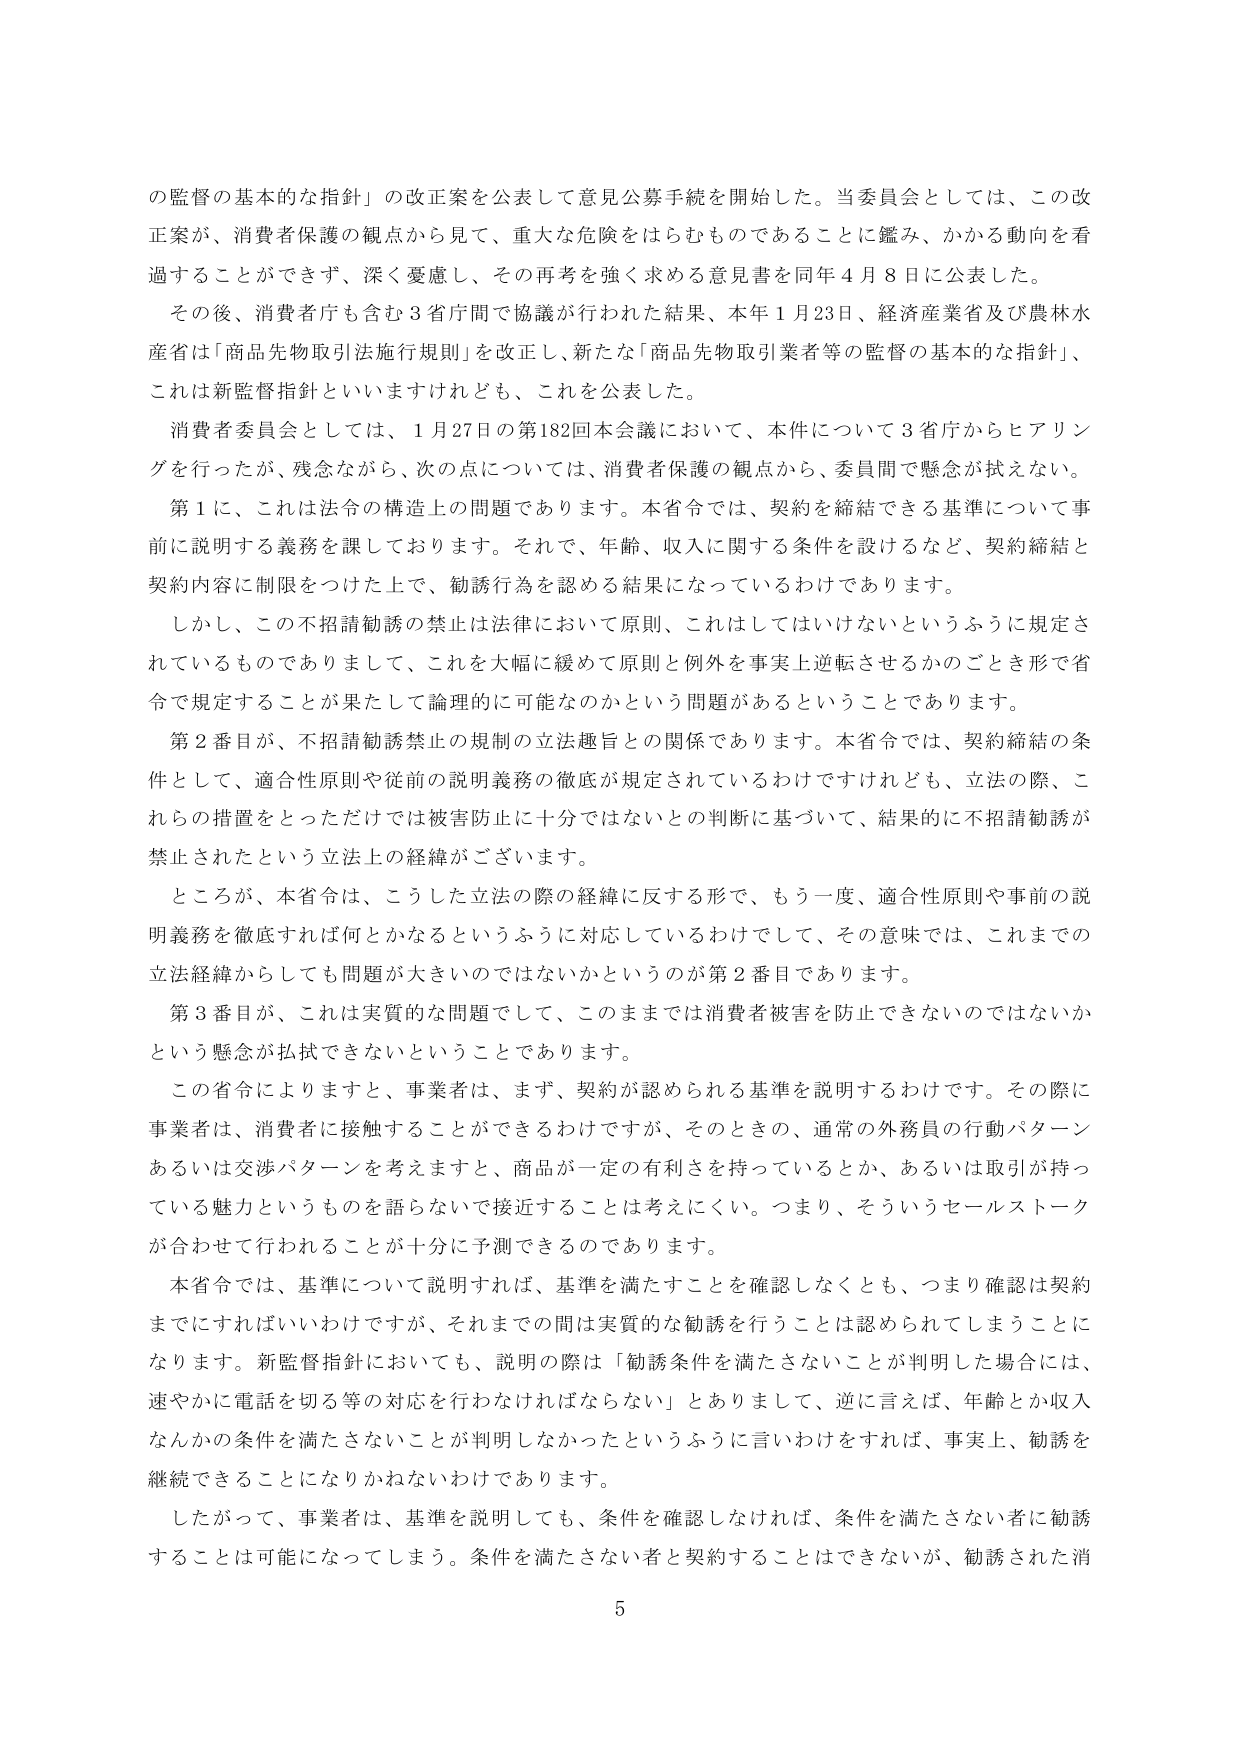
の監督の基本的な指針」の改正案を公表して意見公募手続を開始した。当委員会としては、この改正案が、消費者保護の観点から見て、重大な危険をはらむものであることに鑑み、かかる動向を看過することができず、深く憂慮し、その再考を強く求める意見書を同年４月８日に公表した。

その後、消費者庁も含む３省庁間で協議が行われた結果、本年１月23日、経済産業省及び農林水産省は「商品先物取引法施行規則」を改正し、新たな「商品先物取引業者等の監督の基本的な指針」、これは新監督指針といいますけれども、これを公表した。

消費者委員会としては、１月27日の第182回本会議において、本件について３省庁からヒアリングを行ったが、残念ながら、次の点については、消費者保護の観点から、委員間で懸念が拭えない。

第１に、これは法令の構造上の問題であります。本省令では、契約を締結できる基準について事前に説明する義務を課しております。それで、年齢、収入に関する条件を設けるなど、契約締結と契約内容に制限をつけた上で、勧誘行為を認める結果になっているわけであります。

しかし、この不招請勧誘の禁止は法律において原則、これはしてはいけないというふうに規定されているものでありまして、これを大幅に緩めて原則と例外を事実上逆転させるかのごとき形で省令で規定することが果たして論理的に可能なのかという問題があるということです。

第２番目が、不招請勧誘禁止の規制の立法趣旨との関係であります。本省令では、契約締結の条件として、適合性原則や従前の説明義務の徹底が規定されているわけですが、立法の際、これらの措置をとっただけでは被害防止に十分ではないとの判断に基づいて、結果的に不招請勧誘が禁止されたという立法上の経緯がございます。

ところが、本省令は、こうした立法の際の経緯に反する形で、もう一度、適合性原則や事前の説明義務を徹底すれば何とかなるというふうに対応しているわけでして、その意味では、これまでの立法経緯からしても問題が大きいのではないかというのが第２番目であります。

第３番目が、これは実質的な問題でして、このままでは消費者被害を防止できないのではないかという懸念が払拭できないということです。

この省令によりますと、事業者は、まず、契約が認められる基準を説明するわけです。その際に事業者は、消費者に接触することができるわけですが、そのときの、通常の外務員の行動パターンあるいは交渉パターンを考えますと、商品が一定の有利さを持っているとか、あるいは取引が持っている魅力というものを語らないで接近することは考えにくい。つまり、そういうセールストークが合わせて行われることが十分に予測できるのであります。

本省令では、基準について説明すれば、基準を満たすことを確認しなくとも、つまり確認は契約までにすればいいわけですが、それまでの間は実質的な勧誘を行うことは認められてしまうことになります。新監督指針においても、説明の際は「勧誘条件を満たさないことが判明した場合には、速やかに電話を切る等の対応を行わなければならない」とありまして、逆に言えば、年齢とか収入なんかの条件を満たさないことが判明しなかったというふうに言いわけをすれば、事実上、勧誘を継続できることになりかねないわけです。

したがって、事業者は、基準を説明しても、条件を確認しなければ、条件を満たさない者に勧誘することは可能になってしまう。条件を満たさない者と契約することはできないが、勧誘された消

5